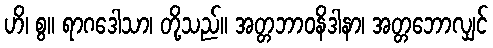
ဟိ၊ စွ။ ရာဂဒေါသာ၊ တို့သည်။ အတ္တဘာဝနိဒါနာ၊ အတ္တဘောလျှင်